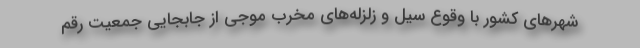
شهرهای کشور با وقوع سیل و زلزله‌های مخرب موجی از جابجایی جمعیت رقم